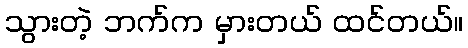
သွားတဲ့ ဘက်က မှားတယ် ထင်တယ်။